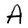
Character: A